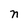
Character: n